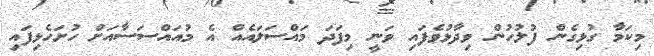
މިކަމާ ގުޅިގެން ފުލުހުން ވިދާޅުވެފައި ވަަނީ މިފަދަ މައްސަލައެއް އެ މުއައްސަސާއަށް ހުށަހެޅިފައި